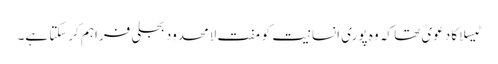
ٹیسلا کا دعویٰ تھا کہ وہ پوری انسانیت کو مفت لامحدود بجلی فراہم کرسکتا ہے۔